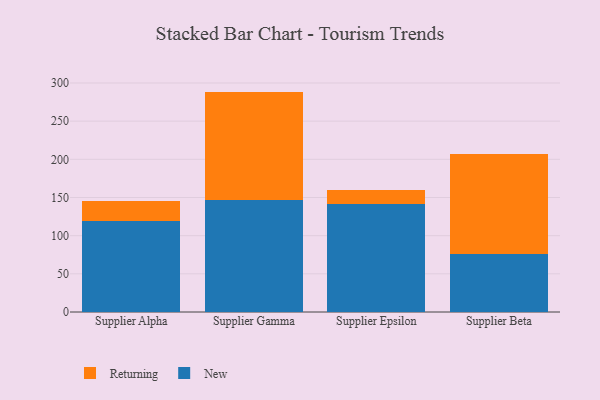
{"axis": {"x": "Supplier", "y": "Energy Usage (MWh)"}, "legend": ["New", "Returning"], "data": [{"x": "Supplier Alpha", "y": 119.7, "type": "New"}, {"x": "Supplier Alpha", "y": 25.3, "type": "Returning"}, {"x": "Supplier Gamma", "y": 146.7, "type": "New"}, {"x": "Supplier Gamma", "y": 142.0, "type": "Returning"}, {"x": "Supplier Epsilon", "y": 141.1, "type": "New"}, {"x": "Supplier Epsilon", "y": 18.4, "type": "Returning"}, {"x": "Supplier Beta", "y": 76.6, "type": "New"}, {"x": "Supplier Beta", "y": 130.4, "type": "Returning"}]}